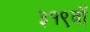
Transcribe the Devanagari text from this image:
३१९वॉ